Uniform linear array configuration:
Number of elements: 4
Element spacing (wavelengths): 0.5
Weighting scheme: cosine
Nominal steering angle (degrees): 30
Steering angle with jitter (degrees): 29.303
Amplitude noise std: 0.05
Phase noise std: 0.05

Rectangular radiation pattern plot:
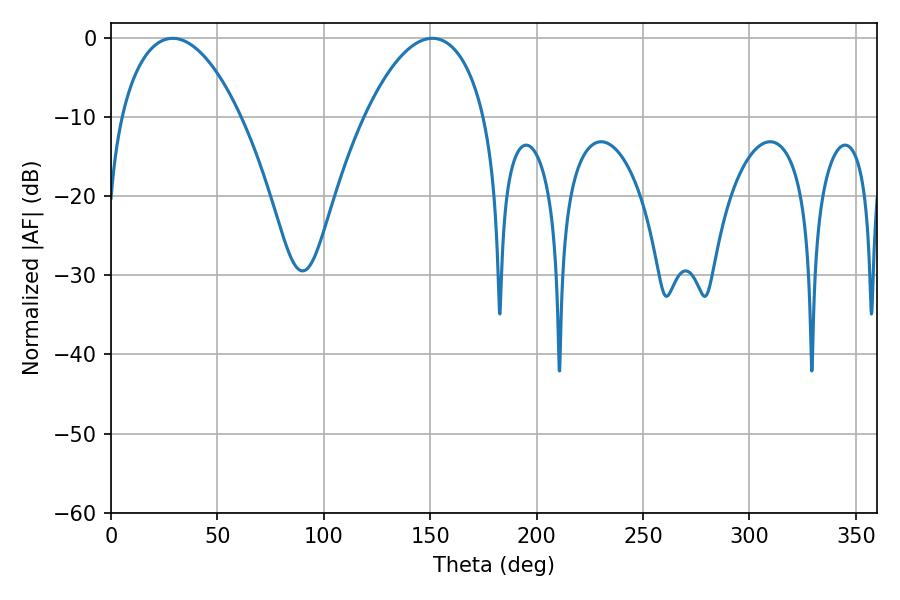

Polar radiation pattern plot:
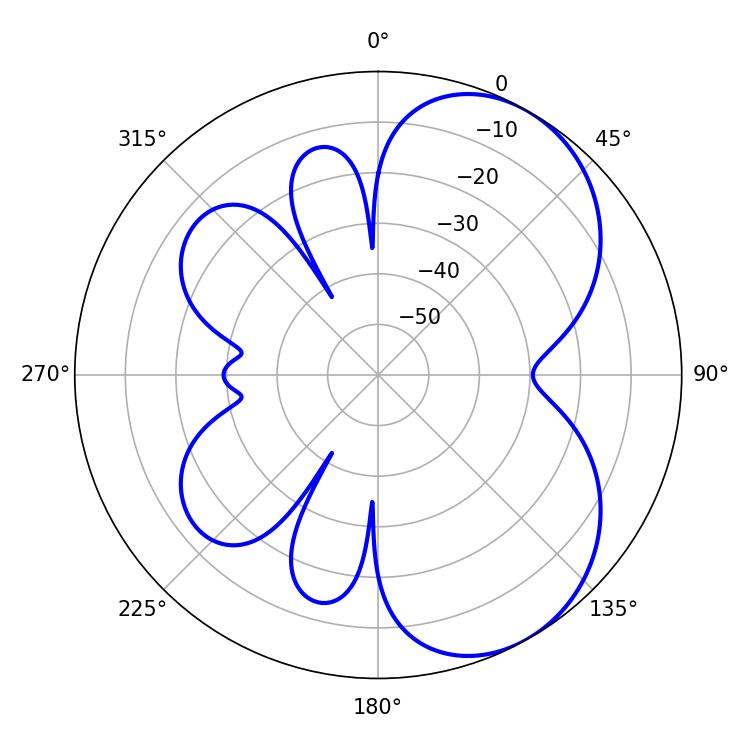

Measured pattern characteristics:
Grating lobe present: FALSE
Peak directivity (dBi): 5.559
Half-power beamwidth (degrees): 31.68
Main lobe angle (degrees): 151.02